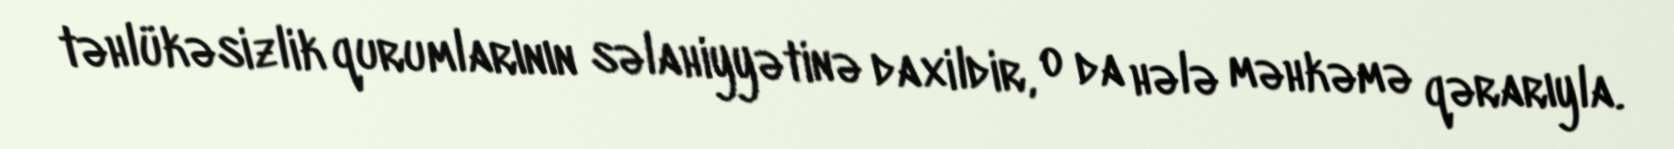
təhlükəsizlik qurumlarının səlahiyyətinə daxildir, o da hələ məhkəmə qərarıyla.